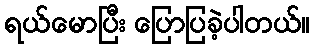
ရယ်မောပြီး ပြောပြခဲ့ပါတယ်။